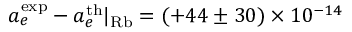
a _ { e } ^ { \mathrm { e x p } } - a _ { e } ^ { \mathrm { t h } } | _ { \mathrm { R b } } = ( + 4 4 \pm 3 0 ) \times 1 0 ^ { - 1 4 }